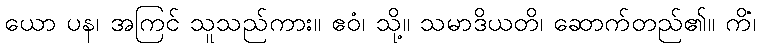
ယော ပန၊ အကြင် သူသည်ကား။ ဧဝံ၊ သို့။ သမာဒိယတိ၊ ဆောက်တည်၏။ ကိံ၊